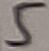
Text: 5